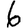
Digit: 6